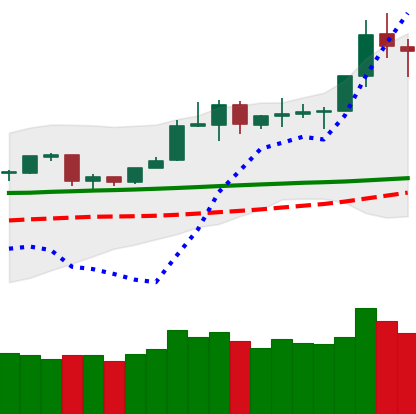
Ticker: TRX-USD
Chart end date: 2020-02-08
Forward return: 9.184%
Label: up_7plus